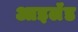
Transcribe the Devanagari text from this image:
आइलॅंड